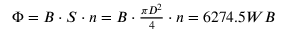
\begin{array} { r } { \Phi = B \cdot S \cdot n = B \cdot \frac { \pi D ^ { 2 } } { 4 } \cdot n = 6 2 7 4 . 5 W B } \end{array}